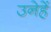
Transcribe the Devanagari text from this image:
उनेहें